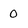
Character: 0